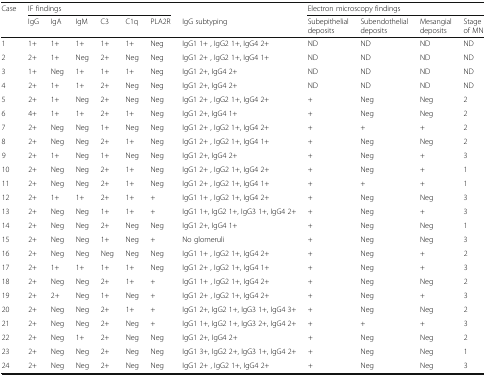
<table><thead><tr><td rowspan="2"><b>Case</b></td><td colspan="6"><b>IF findings</b></td><td></td><td colspan="4"><b>Electron microscopy findings</b></td></tr><tr><td><b>IgG</b></td><td><b>IgA</b></td><td><b>IgM</b></td><td><b>C3</b></td><td><b>C1q</b></td><td><b>PLA2R</b></td><td><b>IgG subtyping</b></td><td><b>Subepithelial deposits</b></td><td><b>Subendothelial deposits</b></td><td><b>Mesangial deposits</b></td><td><b>Stage of MN</b></td></tr></thead><tbody><tr><td>1</td><td>1+</td><td>1+</td><td>1+</td><td>1+</td><td>1+</td><td>Neg</td><td>IgG1 1+ , IgG2 1+, IgG4 2+</td><td>ND</td><td>ND</td><td>ND</td><td>ND</td></tr><tr><td>2</td><td>2+</td><td>1+</td><td>Neg</td><td>2+</td><td>Neg</td><td>Neg</td><td>IgG1 2+ , IgG2 1+, IgG4 1+</td><td>ND</td><td>ND</td><td>ND</td><td>ND</td></tr><tr><td>3</td><td>1+</td><td>Neg</td><td>1+</td><td>1+</td><td>1+</td><td>Neg</td><td>IgG1 2+, IgG4 2+</td><td>ND</td><td>ND</td><td>ND</td><td>ND</td></tr><tr><td>4</td><td>2+</td><td>1+</td><td>1+</td><td>2+</td><td>Neg</td><td>Neg</td><td>IgG1 2+, IgG4 2+</td><td>ND</td><td>ND</td><td>ND</td><td>ND</td></tr><tr><td>5</td><td>2+</td><td>1+</td><td>Neg</td><td>2+</td><td>Neg</td><td>Neg</td><td>IgG1 2+ , IgG2 1+, IgG4 2+</td><td>+</td><td>Neg</td><td>Neg</td><td>2</td></tr><tr><td>6</td><td>4+</td><td>1+</td><td>1+</td><td>2+</td><td>1+</td><td>Neg</td><td>IgG1 2+, IgG4 1+</td><td>+</td><td>Neg</td><td>Neg</td><td>2</td></tr><tr><td>7</td><td>2+</td><td>Neg</td><td>Neg</td><td>1+</td><td>Neg</td><td>Neg</td><td>IgG1 2+ , IgG2 1+, IgG4 2+</td><td>+</td><td>+</td><td>+</td><td>2</td></tr><tr><td>8</td><td>2+</td><td>Neg</td><td>Neg</td><td>2+</td><td>1+</td><td>Neg</td><td>IgG1 2+ , IgG2 1+, IgG4 1+</td><td>+</td><td>Neg</td><td>Neg</td><td>2</td></tr><tr><td>9</td><td>2+</td><td>1+</td><td>Neg</td><td>1+</td><td>Neg</td><td>Neg</td><td>IgG1 2+, IgG4 2+</td><td>+</td><td>Neg</td><td>+</td><td>3</td></tr><tr><td>10</td><td>2+</td><td>Neg</td><td>Neg</td><td>2+</td><td>1+</td><td>Neg</td><td>IgG1 2+ , IgG2 1+, IgG4 2+</td><td>+</td><td>Neg</td><td>+</td><td>1</td></tr><tr><td>11</td><td>2+</td><td>Neg</td><td>Neg</td><td>2+</td><td>1+</td><td>Neg</td><td>IgG1 2+ , IgG2 1+, IgG4 1+</td><td>+</td><td>+</td><td>+</td><td>1</td></tr><tr><td>12</td><td>2+</td><td>1+</td><td>1+</td><td>2+</td><td>1+</td><td>+</td><td>IgG1 1+ , IgG2 1+, IgG4 2+</td><td>+</td><td>Neg</td><td>Neg</td><td>3</td></tr><tr><td>13</td><td>2+</td><td>Neg</td><td>Neg</td><td>1+</td><td>1+</td><td>+</td><td>IgG1 1+, IgG2 1+, IgG3 1+, IgG4 2+</td><td>+</td><td>Neg</td><td>+</td><td>3</td></tr><tr><td>14</td><td>2+</td><td>Neg</td><td>Neg</td><td>2+</td><td>Neg</td><td>Neg</td><td>IgG1 2+, IgG4 1+</td><td>+</td><td>Neg</td><td>Neg</td><td>1</td></tr><tr><td>15</td><td>2+</td><td>Neg</td><td>Neg</td><td>1+</td><td>Neg</td><td>+</td><td>No glomeruli</td><td>+</td><td>Neg</td><td>Neg</td><td>3</td></tr><tr><td>16</td><td>2+</td><td>Neg</td><td>Neg</td><td>Neg</td><td>Neg</td><td>Neg</td><td>IgG1 1+ , IgG2 1+, IgG4 2+</td><td>+</td><td>Neg</td><td>+</td><td>2</td></tr><tr><td>17</td><td>2+</td><td>1+</td><td>1+</td><td>1+</td><td>1+</td><td>Neg</td><td>IgG1 2+ , IgG2 1+, IgG4 1+</td><td>+</td><td>Neg</td><td>+</td><td>3</td></tr><tr><td>18</td><td>2+</td><td>Neg</td><td>Neg</td><td>2+</td><td>1+</td><td>+</td><td>IgG1 1+ , IgG2 1+, IgG4 2+</td><td>+</td><td>Neg</td><td>Neg</td><td>2</td></tr><tr><td>19</td><td>2+</td><td>2+</td><td>Neg</td><td>1+</td><td>Neg</td><td>+</td><td>IgG1 2+ , IgG2 1+, IgG4 2+</td><td>+</td><td>Neg</td><td>+</td><td>3</td></tr><tr><td>20</td><td>2+</td><td>Neg</td><td>Neg</td><td>2+</td><td>1+</td><td>+</td><td>IgG1 2+, IgG2 1+, IgG3 1+, IgG4 3+</td><td>+</td><td>Neg</td><td>Neg</td><td>2</td></tr><tr><td>21</td><td>2+</td><td>Neg</td><td>Neg</td><td>2+</td><td>Neg</td><td>+</td><td>IgG1 1+, IgG2 1+, IgG3 2+, IgG4 2+</td><td>+</td><td>+</td><td>+</td><td>3</td></tr><tr><td>22</td><td>2+</td><td>Neg</td><td>1+</td><td>2+</td><td>Neg</td><td>Neg</td><td>IgG1 2+, IgG4 2+</td><td>+</td><td>Neg</td><td>Neg</td><td>2</td></tr><tr><td>23</td><td>2+</td><td>Neg</td><td>Neg</td><td>2+</td><td>Neg</td><td>Neg</td><td>IgG1 3+, IgG2 2+, IgG3 1+, IgG4 2+</td><td>+</td><td>Neg</td><td>Neg</td><td>1</td></tr><tr><td>24</td><td>2+</td><td>Neg</td><td>Neg</td><td>2+</td><td>Neg</td><td>Neg</td><td>IgG1 2+ , IgG2 1+, IgG4 2+</td><td>+</td><td>Neg</td><td>Neg</td><td>3</td></tr></tbody></table>